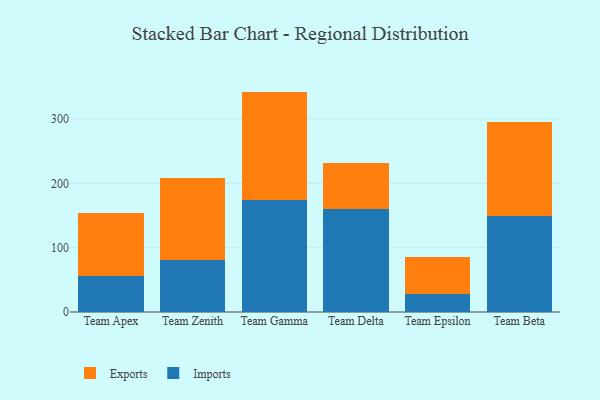
{"axis": {"x": "Team", "y": "Energy Usage (MWh)"}, "legend": ["Exports", "Imports"], "data": [{"x": "Team Apex", "y": 55.2, "type": "Imports"}, {"x": "Team Apex", "y": 98.2, "type": "Exports"}, {"x": "Team Zenith", "y": 81.3, "type": "Imports"}, {"x": "Team Zenith", "y": 126.7, "type": "Exports"}, {"x": "Team Gamma", "y": 173.9, "type": "Imports"}, {"x": "Team Gamma", "y": 168.7, "type": "Exports"}, {"x": "Team Delta", "y": 160.2, "type": "Imports"}, {"x": "Team Delta", "y": 70.7, "type": "Exports"}, {"x": "Team Epsilon", "y": 28.1, "type": "Imports"}, {"x": "Team Epsilon", "y": 57.0, "type": "Exports"}, {"x": "Team Beta", "y": 149.3, "type": "Imports"}, {"x": "Team Beta", "y": 146.5, "type": "Exports"}]}